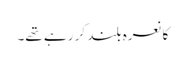
کا نعرہ بلند کر رہے تھے۔